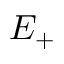
E _ { + }